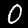
Label: 0